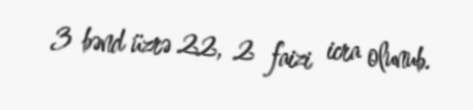
3 bənd üzrə 22, 2 faizi icra olunub.